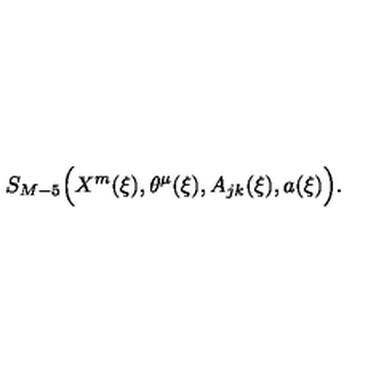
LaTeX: S _ { M - 5 } \Bigl ( X ^ { m } ( \xi ) , \theta ^ { \mu } ( \xi ) , A _ { j k } ( \xi ) , a ( \xi ) \Bigr ) .